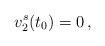
LaTeX: \begin{align*}v^s_2(t_0)=0\,,\end{align*}